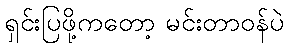
ရှင်းပြဖို့ကတော့ မင်းတာဝန်ပဲ